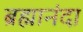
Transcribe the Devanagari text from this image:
ब्रह्मानंदा